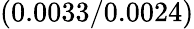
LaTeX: (0.0033/0.0024)